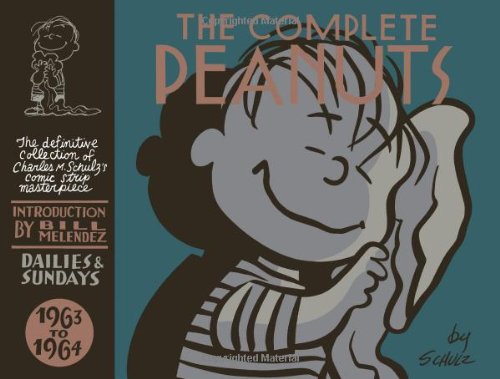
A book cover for The Complete Peanuts 1963-1964; Charles M. Schulz; Comics & Graphic Novels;